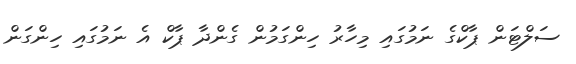
ސަލްޓަން ޕާކްގެ ނަމުގައި މިހާރު ހިންގަމުން ގެންދާ ޕާކް އެ ނަމުގައި ހިންގަން